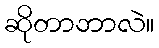
ဆိုတာဘာလဲ။